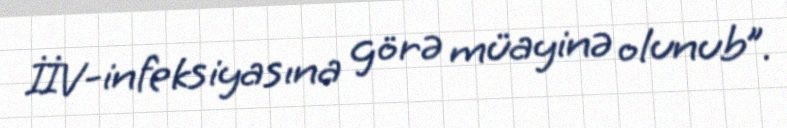
İİV-infeksiyasına görə müayinə olunub”.